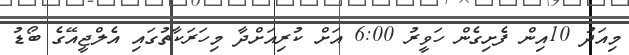
މިއަދު 10އިން ފެށިގެން ހަވީރު 6:00 އަށް ކުރިއަށްދާ މިހަރަކާތުގައި އެލްޖީއޭގެ ބޯޑު